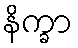
နိက္ခာ